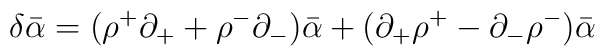
\delta\bar\alpha=(\rho^+\partial_+ + \rho^-\partial_-)\bar\alpha    +(\partial_+\rho^+ - \partial_-\rho^-)\bar\alpha